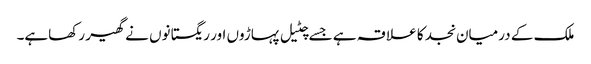
ملک کے درمیان نجد کا علا قہ ہے جسے چٹیل پہاڑوں اور ریگستانوں نے گھیر رکھاہے۔